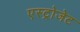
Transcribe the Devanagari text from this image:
एस्‍ट्रोजेट